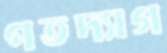
পতদ্যাগ